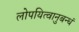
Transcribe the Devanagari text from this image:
लोपयित्वानुबन्धं